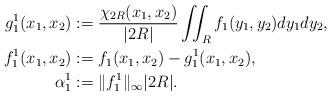
LaTeX: \begin{align*}g_1^1(x_1,x_2)&:=\frac{\chi_{2R}(x_1,x_2)}{|2R|}\iint_{R}f_1(y_1,y_2)dy_1dy_2,\\f_1^1(x_1,x_2)&:= f_1(x_1,x_2)- g_1^1(x_1,x_2),\\\alpha_1^1&:=\|f_1^1\|_\infty |2R|.\end{align*}